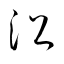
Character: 沼